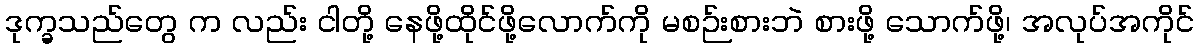
ဒုက္ခသည်တွေ က လည်း ငါတို့ နေဖို့ထိုင်ဖို့လောက်ကို မစဉ်းစားဘဲ စားဖို့ သောက်ဖို့၊ အလုပ်အကိုင်